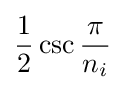
{\frac {1}{2}}\csc {\frac {\pi }{n_{i}}}